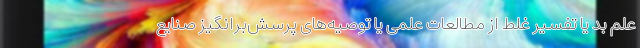
علمِ بد یا تفسیر غلط از مطالعات علمی یا توصیه‌های پرسش‌برانگیزِ صنایع